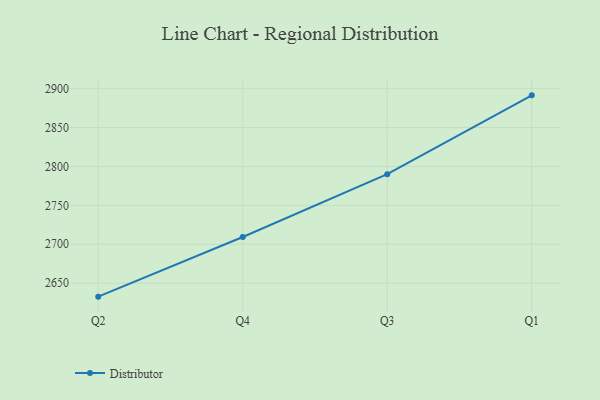
{"axis": {"x": "Quarter", "y": "Population (Million)"}, "legend": ["Distributor"], "data": [{"x": "Q2", "y": 2632.7, "type": "Distributor"}, {"x": "Q4", "y": 2709.4, "type": "Distributor"}, {"x": "Q3", "y": 2790.1, "type": "Distributor"}, {"x": "Q1", "y": 2891.4, "type": "Distributor"}]}